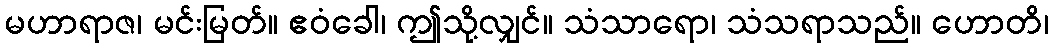
မဟာရာဇ၊ မင်းမြတ်။ ဧဝံခေါ၊ ဤသို့လျှင်။ သံသာရော၊ သံသရာသည်။ ဟောတိ၊